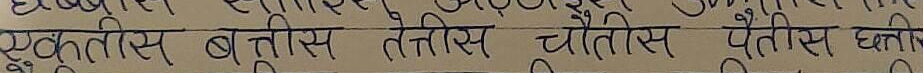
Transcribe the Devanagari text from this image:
एकतीस बत्तीस तैंतीस चौंतीस पैंतीस छतीस